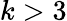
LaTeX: k>3